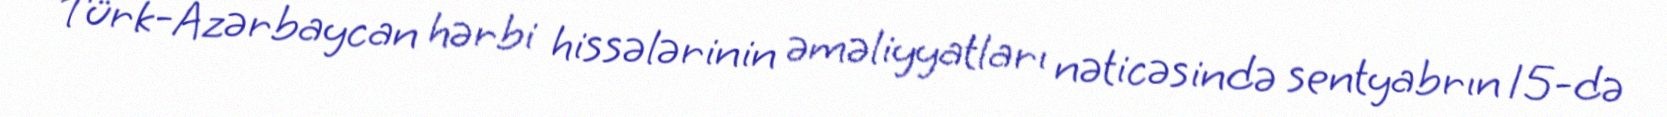
Türk-Azərbaycan hərbi hissələrinin əməliyyatları nəticəsində sentyabrın 15-də